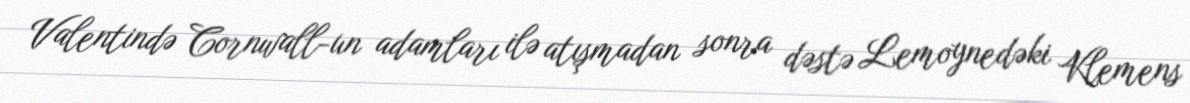
Valentində Cornwall-un adamları ilə atışmadan sonra dəstə Lemoynedəki Klemens